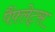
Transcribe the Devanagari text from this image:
पैंफ़्लेट्स